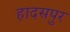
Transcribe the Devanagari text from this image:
हादसपुर